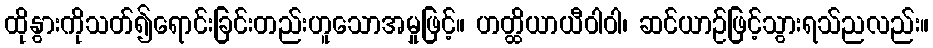
ထိုနွားကိုသတ်၍ရောင်းခြင်းတည်းဟူသောအမှုဖြင့်။ ဟတ္ထိယာယီဝါဝါ၊ ဆင်ယာဉ်ဖြင့်သွားရသ်ညလည်း။